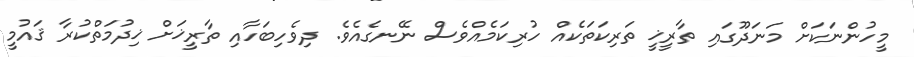
މީހުންނަކަށް މަނަދޫގައި ތާރީޚީ ތަރިކަތަކެއް ހުރިކަމެއްވެސް ނޭނގެއެވެ. ދިވެހިބަހާއި ތާރީޚަށް ޚިދުމަތްކުރާ ޤައުމީ